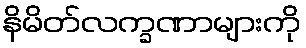
နိမိတ်လက္ခဏာများကို